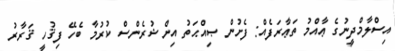
އިސްލާމްދީނުގެ ޢާއްމު ތަޢާރަފެއް: ފެށުން ޞިއްޙަތު އިންޝުރެންސް ކުރުމާ ބެހޭ ފިޤުހީ ޤަރާރު